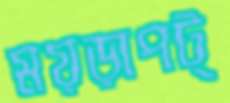
ময়ড়াপট্